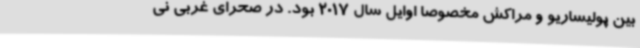
بین پولیساریو و مراکش مخصوصا اوایل سال 2017 بود. در صحرای غربی نی